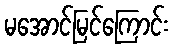
မအောင်မြင်ကြောင်း